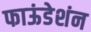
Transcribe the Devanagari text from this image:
फाऊंडेशंन